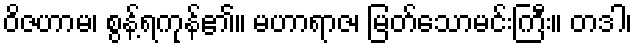
ဝိဇဟာမ၊ စွန့်ရကုန်၏။ မဟာရာဇ၊ မြတ်သောမင်းကြီး။ တဒါ၊